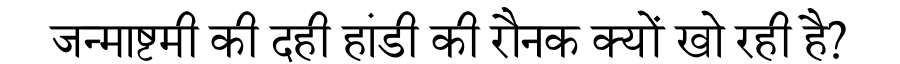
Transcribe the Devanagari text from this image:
जन्माष्टमी की दही हांडी की रौनक क्यों खो रही है?